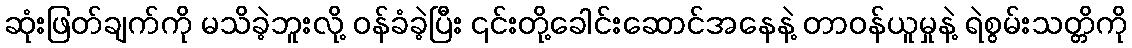
ဆုံးဖြတ်ချက်ကို မသိခဲ့ဘူးလို့ ဝန်ခံခဲ့ပြီး ၎င်းတို့ခေါင်းဆောင်အနေနဲ့ တာဝန်ယူမှုနဲ့ ရဲစွမ်းသတ္တိကို